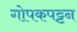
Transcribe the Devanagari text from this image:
गोपकपट्टन